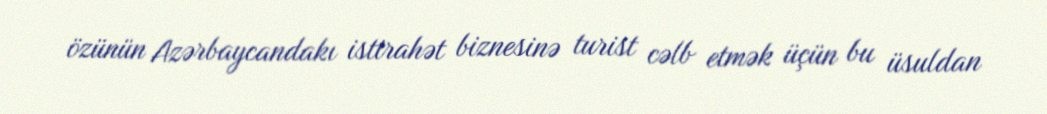
özünün Azərbaycandakı istirahət biznesinə turist cəlb etmək üçün bu üsuldan